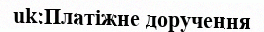
uk:Платіжне доручення